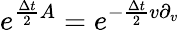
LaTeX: e^{\frac{\Delta t}{2}A}=e^{-\frac{\Delta t}{2}v\partial_{v}}